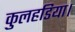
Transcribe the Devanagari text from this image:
कुलहडिया।